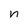
Character: n